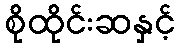
စိုထိုင်းဆနှင့်